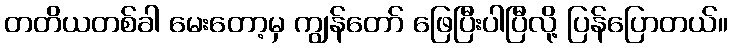
တတိယတစ်ခါ မေးတော့မှ ကျွန်တော် ဖြေပြီးပါပြီလို့ ပြန်ပြောတယ်။